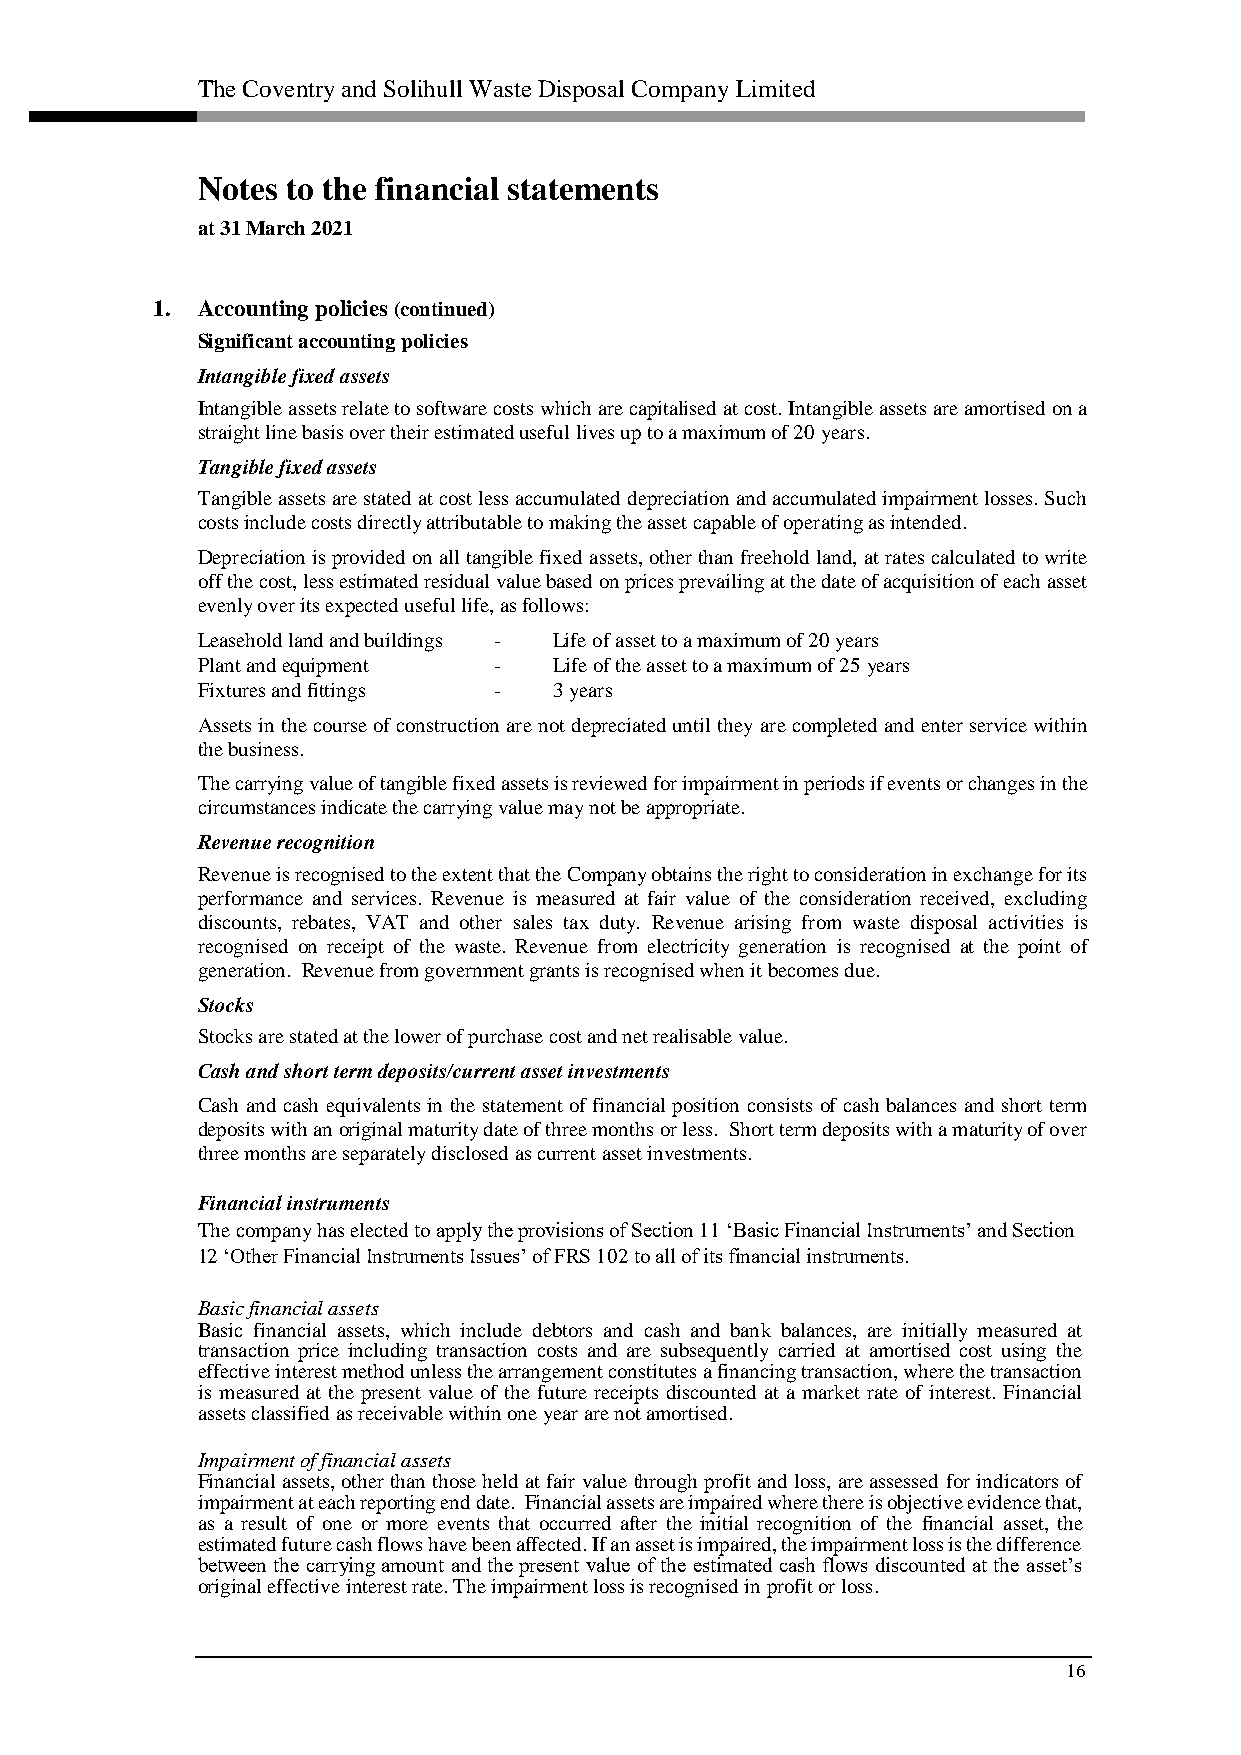
The Coventry and Solihull Waste Disposal Company Limited
 Notes to the financial statements
 at 31 March 2021
 1. Accounting policies (continued)
 Significant accounting policies
 Intangible fixed assets
 Intangible assets relate to software costs which are capitalised at cost. Intangible assets are amortised on a
 straight line basis over their estimated useful lives up to a maximum of 20 years.
 Tangible fixed assets
 Tangible assets are stated at cost less accumulated depreciation and accumulated impairment losses. Such
 costs include costs directly attributable to making the asset capable of operating as intended.
 Depreciation is provided on all tangible fixed assets, other than freehold land, at rates calculated to write
 off the cost, less estimated residual value based on prices prevailing at the date of acquisition of each asset
 evenly over its expected useful life, as follows:
 Leasehold land and buildings - Life of asset to a maximum of 20 years
 Plant and equipment -   Life of the asset to a maximum of 25 years
 Fixtures and fittings - 3 years
 Assets in the course of construction are not depreciated until they are completed and enter service within
 the business.
 The carrying value of tangible fixed assets is reviewed for impairment in periods if events or changes in the
 circumstances indicate the carrying value may not be appropriate.
 Revenue recognition
 Revenue is recognised to the extent that the Company obtains the right to consideration in exchange for its
 performance and services. Revenue is measured at fair value of the consideration received, excluding
 discounts, rebates, VAT and other sales tax duty. Revenue arising from waste disposal activities is
 recognised on receipt of the waste. Revenue from electricity generation is recognised at the point of
 generation. Revenue from government grants is recognised when it becomes due.
 Stocks
 Stocks are stated at the lower of purchase cost and net realisable value.
 Cash and short term deposits/current asset investments
 Cash and cash equivalents in the statement of financial position consists of cash balances and short term
 deposits with an original maturity date of three months or less. Short term deposits with a maturity of over
 three months are separately disclosed as current asset investments.
 Financial instruments
 The company has elected to apply the provisions of Section 11 ‘Basic Financial Instruments’ and Section
 12 ‘Other Financial Instruments Issues’ of FRS 102 to all of its financial instruments.
 Basic financial assets
 Basic financial assets, which include debtors and cash and bank balances, are initially measured at
 transaction price including transaction costs and are subsequently carried at amortised cost using the
 effective interest method unless the arrangement constitutes a financing transaction, where the transaction
 is measured at the present value of the future receipts discounted at a market rate of interest. Financial
 assets classified as receivable within one year are not amortised.
 Impairment of financial assets
 Financial assets, other than those held at fair value through profit and loss, are assessed for indicators of
 impairment at each reporting end date. Financial assets are impaired where there is objective evidence that,
 as a result of one or more events that occurred after the initial recognition of the financial asset, the
 estimated future cash flows have been affected. If an asset is impaired, the impairment loss is the difference
 between the carrying amount and the present value of the estimated cash flows discounted at the asset’s
 original effective interest rate. The impairment loss is recognised in profit or loss.
 16